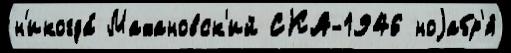
н'икогда́ Махановск'ий СКА-1946 ноjабр'я́